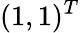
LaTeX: (1,1)^{T}